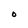
Character: O